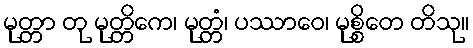
မုတ္တာ တု မုတ္တိကေ၊ မုတ္တံ၊ ပဿာဝေ၊ မုစ္စိတေ တိသု။